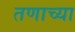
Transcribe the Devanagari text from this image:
तणाच्या